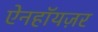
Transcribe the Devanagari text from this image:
ऐनहॉयज़र